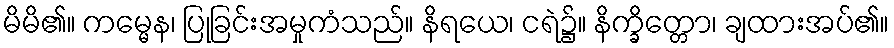
မိမိ၏။ ကမ္မေန၊ ပြုခြင်းအမှုကံသည်။ နိရယေ၊ ငရဲ၌။ နိက္ခိတ္တော၊ ချထားအပ်၏။